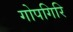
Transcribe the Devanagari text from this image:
गोपगिरि